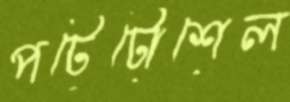
পটেটোশেল